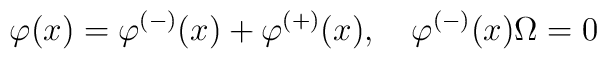
\varphi (x)=\varphi ^{(-)}(x)+\varphi ^{(+)}(x),\quad \varphi^{(-)}(x)\Omega =0